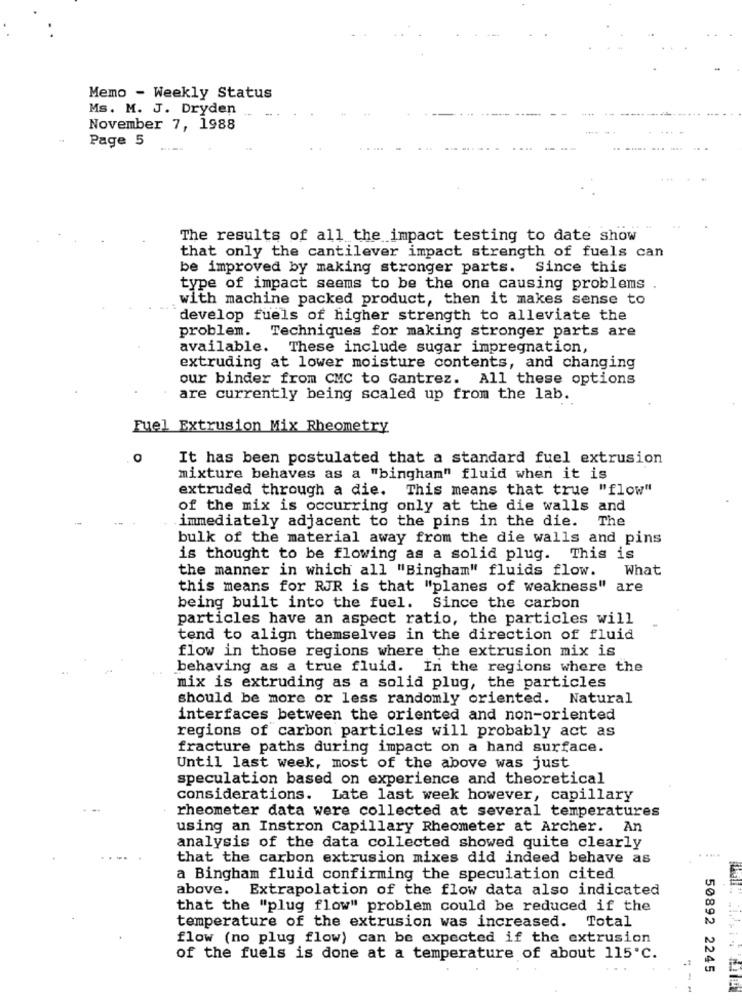
Memo - Weekly Status
Ms. M. J. Dryden
November 7, 1988
Page 5
The results of all the impact testing to date show
that only the cantilever impact strength of fuels can
be improved by making stronger parts. Since this
type of impact seems to be the one causing problems
with machine packed product, then it makes sense to
develop fuels of higher strength to alleviate the
problem. Techniques for making stronger parts are
available. These include sugar impregnation,
extruding at lower moisture contents, and changing
our binder from CMC to Gantrez. All these options
are currently being scaled up from the lab.
Fuel Extrusion Mix Rheometry
O
It has been postulated that a standard fuel extrusion
mixture behaves as a "bingham" fluid when it is
extruded through a die. This means that true "flow"
of the mix is occurring only at the die walls and
The
immediately adjacent to the pins in the die.
bulk of the material away from the die walls and pins
is thought to be flowing as a solid plug. This is
the manner in which all "Bingham" fluids flow.
What
this means for RJR is that "planes of weakness" are
being built into the fuel. Since the carbon
particles have an aspect ratio, the particles will
tend to align themselves in the direction of fluid
flow in those regions where the extrusion mix is
behaving as a true fluid. In the regions where the
mix is extruding as a solid plug, the particles
should be more or less randomly oriented. Natural
interfaces between the oriented and non-oriented
regions of carbon particles will probably act as
fracture paths during impact on a hand surface.
Until last week, most of the above was just
speculation based on experience and theoretical
considerations.
Late last week however, capillary
rheometer data were collected at several temperatures
using an Instron Capillary Rheometer at Archer.
An
analysis of the data collected showed quite clearly
that the carbon extrusion mixes did indeed behave as
a Bingham fluid confirming the speculation cited
above. Extrapolation of the flow data also indicated
that the "plug flow" problem could be reduced if the
temperature of the extrusion was increased. Total
flow (no plug flow) can be expected if the extrusion
of the fuels is done at a temperature of about 115 ℃.
50892 2245